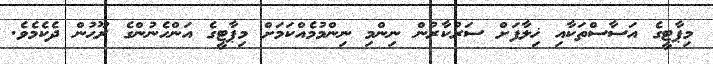
މިޕާޓީގެ އަސާސްތަކާއި ޚިލާފަށް ސަރުކާރުން ނިންމި ނިންމުމެއްކަމަށް މިޕާޓީގެ އަންހެނުންގެ ރޫޙުން ދެކެމެވެ.